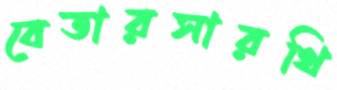
বেতারসারথি